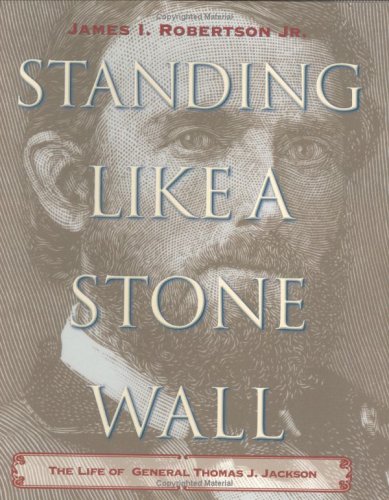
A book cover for Standing Like a Stone Wall: The Life of General Thomas J. Jackson; Jr., James I. Robertson; Teen & Young Adult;